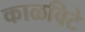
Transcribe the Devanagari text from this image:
काळविटे